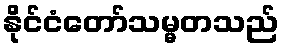
နိုင်ငံတော်သမ္မတသည်